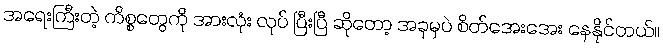
အရေးကြီးတဲ့ ကိစ္စတွေကို အားလုံး လုပ် ပြီးပြီ ဆိုတော့ အခုမှပဲ စိတ်အေးအေး နေနိုင်တယ်။